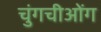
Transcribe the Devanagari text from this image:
चुंगचीओंग